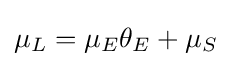
\mu _{L}=\mu _{E}\theta _{E}+\mu _{S}